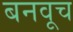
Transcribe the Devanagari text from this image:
बनवूच